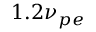
1 . 2 \nu _ { p e }